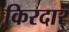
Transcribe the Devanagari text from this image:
किरदार्